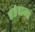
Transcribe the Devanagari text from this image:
रहेवामां